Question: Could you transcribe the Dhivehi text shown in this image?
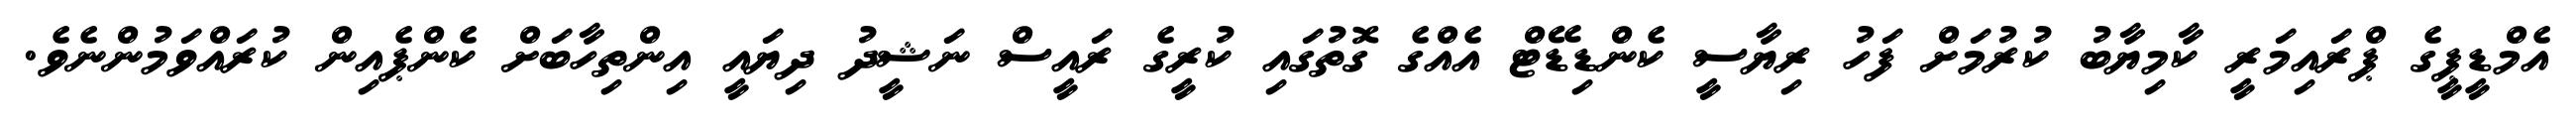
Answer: އެމްޑީޕީގެ ޕްރައިމަރީ ކާމިޔާބު ކުރުމަށް ފަހު ރިޔާސީ ކެންޑިޑޭޓް އެއްގެ ގޮތުގައި ކުރީގެ ރައީސް ނަޝީދު ދިޔައީ އިންތިހާބަށް ކެންޕެއިން ކުރައްވަމުންނެވެ.